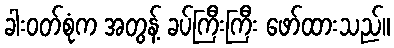
ခါးဝတ်စုံက အတွန့် ခပ်ကြီးကြီး ဖော်ထားသည်။